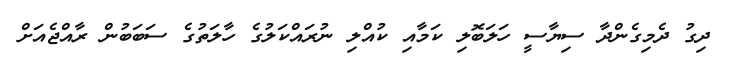
ދިގު ދެމިގެންދާ ސިޔާސީ ހަލަބޮލި ކަމާއި ކުއްލި ނުރައްކަލުގެ ހާލަތުގެ ސަބަބުން ރާއްޖެއަށް